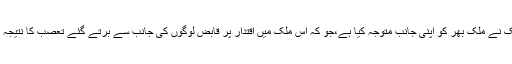
CSAT مخالف تحریک نے ملک بھر کو اپنی جانب متوجہ کیا ہے،جو کہ اس ملک میں اقتدار پر قابض لوگوں کی جانب سے برتے گئے تعصب کا نتیجہ ہے۔